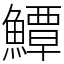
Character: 鱏